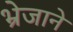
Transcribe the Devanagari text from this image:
भ्रेजाने